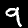
Label: 9